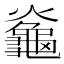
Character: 𪚯